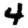
Digit: 4